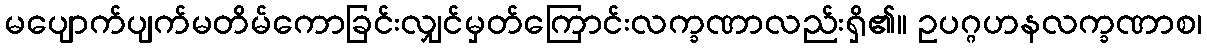
မပျောက်ပျက်မတိမ်ကောခြင်းလျှင်မှတ်ကြောင်းလက္ခဏာလည်းရှိ၏။ ဥပဂ္ဂဟနလက္ခဏာစ၊